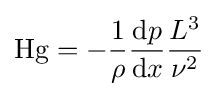
\mathrm {Hg} =-{\frac {1}{\rho }}{\frac {\mathrm {d} p}{\mathrm {d} x}}{\frac {L^{3}}{\nu ^{2}}}